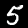
Label: 5